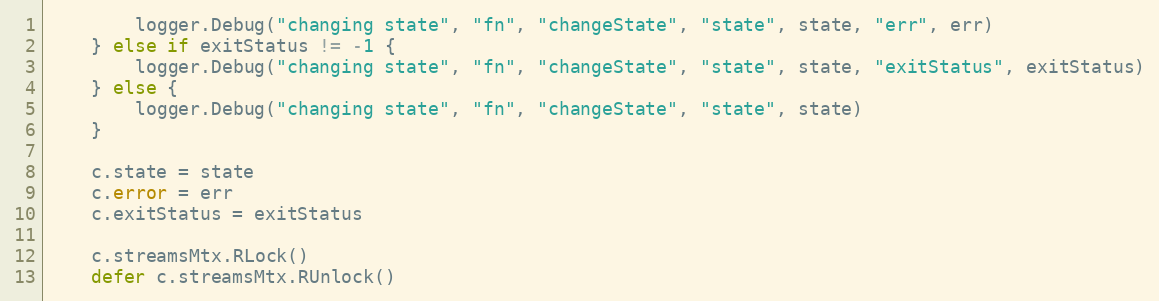
Language: Go
		logger.Debug("changing state", "fn", "changeState", "state", state, "err", err)
	} else if exitStatus != -1 {
		logger.Debug("changing state", "fn", "changeState", "state", state, "exitStatus", exitStatus)
	} else {
		logger.Debug("changing state", "fn", "changeState", "state", state)
	}

	c.state = state
	c.error = err
	c.exitStatus = exitStatus

	c.streamsMtx.RLock()
	defer c.streamsMtx.RUnlock()